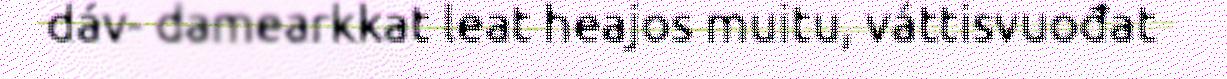
dáv- damearkkat leat heajos muitu, váttisvuođat